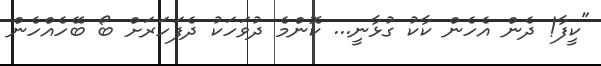
"ކީފާ! ދެން އެހެން ކާކު ގުޅާނީ... ކޮންމެ ދުވަހަކު ދެފަހަރަށް ބޯ ބޭހެއްހެން